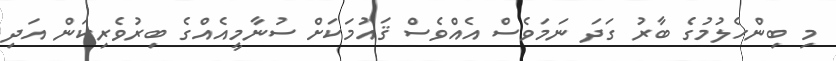
މި ބިންހެލުމުގެ ބާރު ގަދަ ނަމަވެސް އެއްވެސް ޤައުމަކަށް ސުނާމީއެއްގެ ބިރުވެރިކަން އަދި